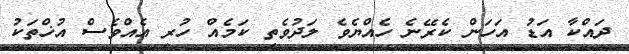
ދައްކާ އަޑު އަހަން ކެރޭނެ ހެއްޔެވެ ލަދުވެތި ކަމެއް ހުރި އެއްވެސް އުޚްތަކު